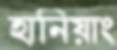
হানিয়াং